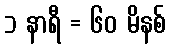
၁ နာရီ = ၆၀ မိနစ်